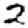
Digit: 2